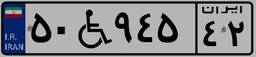
۵۰W۹۴۵۴۲